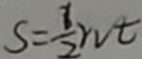
S = \frac { 1 } { 2 } r v t